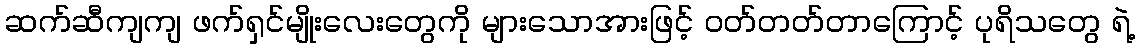
ဆက်ဆီကျကျ ဖက်ရှင်မျိုးလေးတွေကို များသောအားဖြင့် ဝတ်တတ်တာကြောင့် ပုရိသတွေ ရဲ့